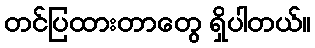
တင်ပြထားတာတွေ ရှိပါတယ်။